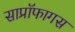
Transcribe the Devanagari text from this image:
साप्रॉफागस